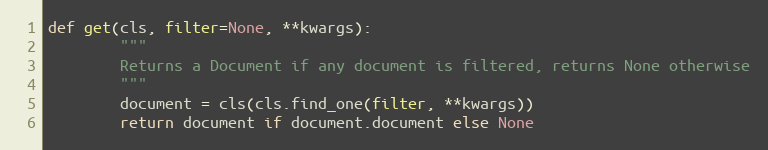
Language: Python
def get(cls, filter=None, **kwargs):
        """
        Returns a Document if any document is filtered, returns None otherwise
        """
        document = cls(cls.find_one(filter, **kwargs))
        return document if document.document else None